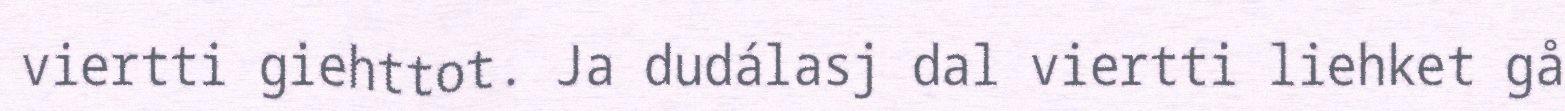
viertti giehttot. Ja dudálasj dal viertti liehket gå